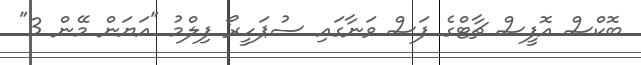
ބޮކްސް އޮފީސް ޗާޓްގެ ފަސް ވަނާގައި ސުޕަހީރޯ ފިލްމު "އަޔަން މޭން 3"